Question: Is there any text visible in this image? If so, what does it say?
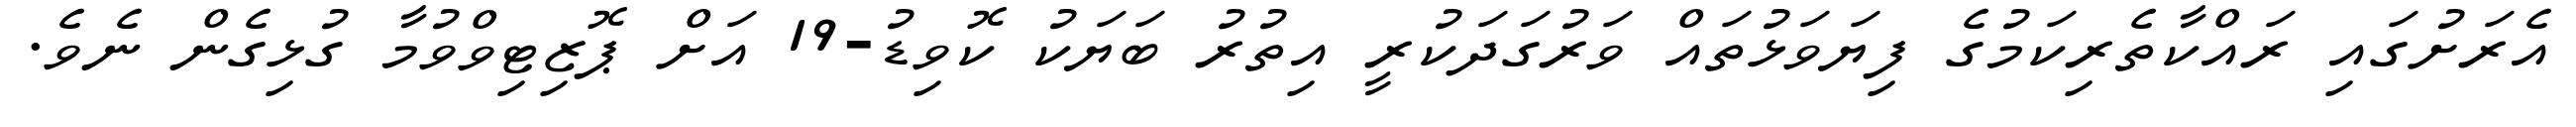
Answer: އެރަށުގައި ރައްކާތެރިކަމުގެ ފިޔަވަޅުތައް ވަރުގަދަކުރީ އިތުރު ބަޔަކު ކޮވިޑު-19 އަށް ޕޮޒިޓިވްވުމާ ގުޅިގެން ނެވެ.